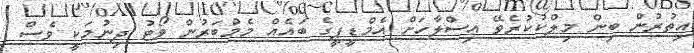
އިތުރުން ބިން މިލްކުކުރެވޭ އިސްލާހަށް އެމްޑީޕީގެ ބައެއް މެމްބަރުން ވޯޓު ދިނުމަކީ ވެސް